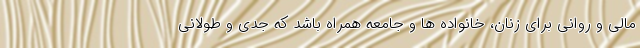
مالی و روانی برای زنان، خانواده ها و جامعه همراه باشد که جدی و طولانی